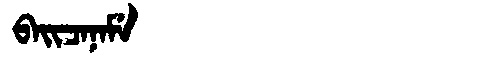
Manchu: ᠪᠠᡳᠴᠠᠨᠠᠮᡝ
Romanization: BAICANAME